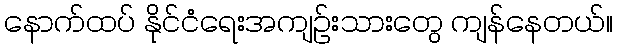
နောက်ထပ် နိုင်ငံရေးအကျဉ်းသားတွေ ကျန်နေတယ်။